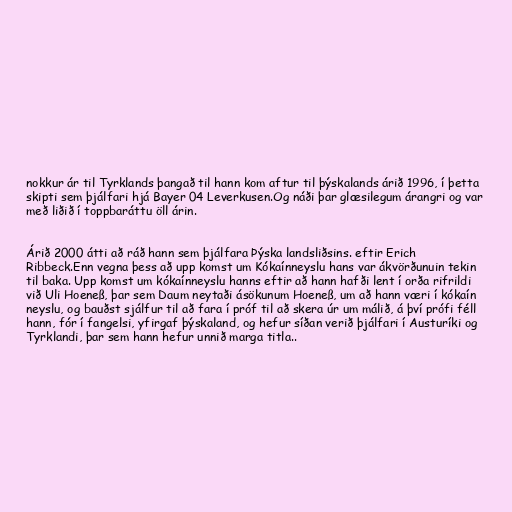
nokkur ár til Tyrklands þangað til hann kom aftur til þýskalands árið 1996, í þetta
skipti sem þjálfari hjá Bayer 04 Leverkusen.Og náði þar glæsilegum árangri og var
með liðið í toppbaráttu öll árin.

Árið 2000 átti að ráð hann sem þjálfara Þýska landsliðsins. eftir Erich
Ribbeck.Enn vegna þess að upp komst um Kókaínneyslu hans var ákvörðunuin tekin
til baka. Upp komst um kókaínneyslu hanns eftir að hann hafði lent í orða rifrildi
við Uli Hoeneß, þar sem Daum neytaði ásökunum Hoeneß, um að hann væri í kókaín
neyslu, og bauðst sjálfur til að fara í próf til að skera úr um málið, á því prófi féll
hann, fór í fangelsi, yfirgaf þýskaland, og hefur síðan verið þjálfari í Austuríki og
Tyrklandi, þar sem hann hefur unnið marga titla..